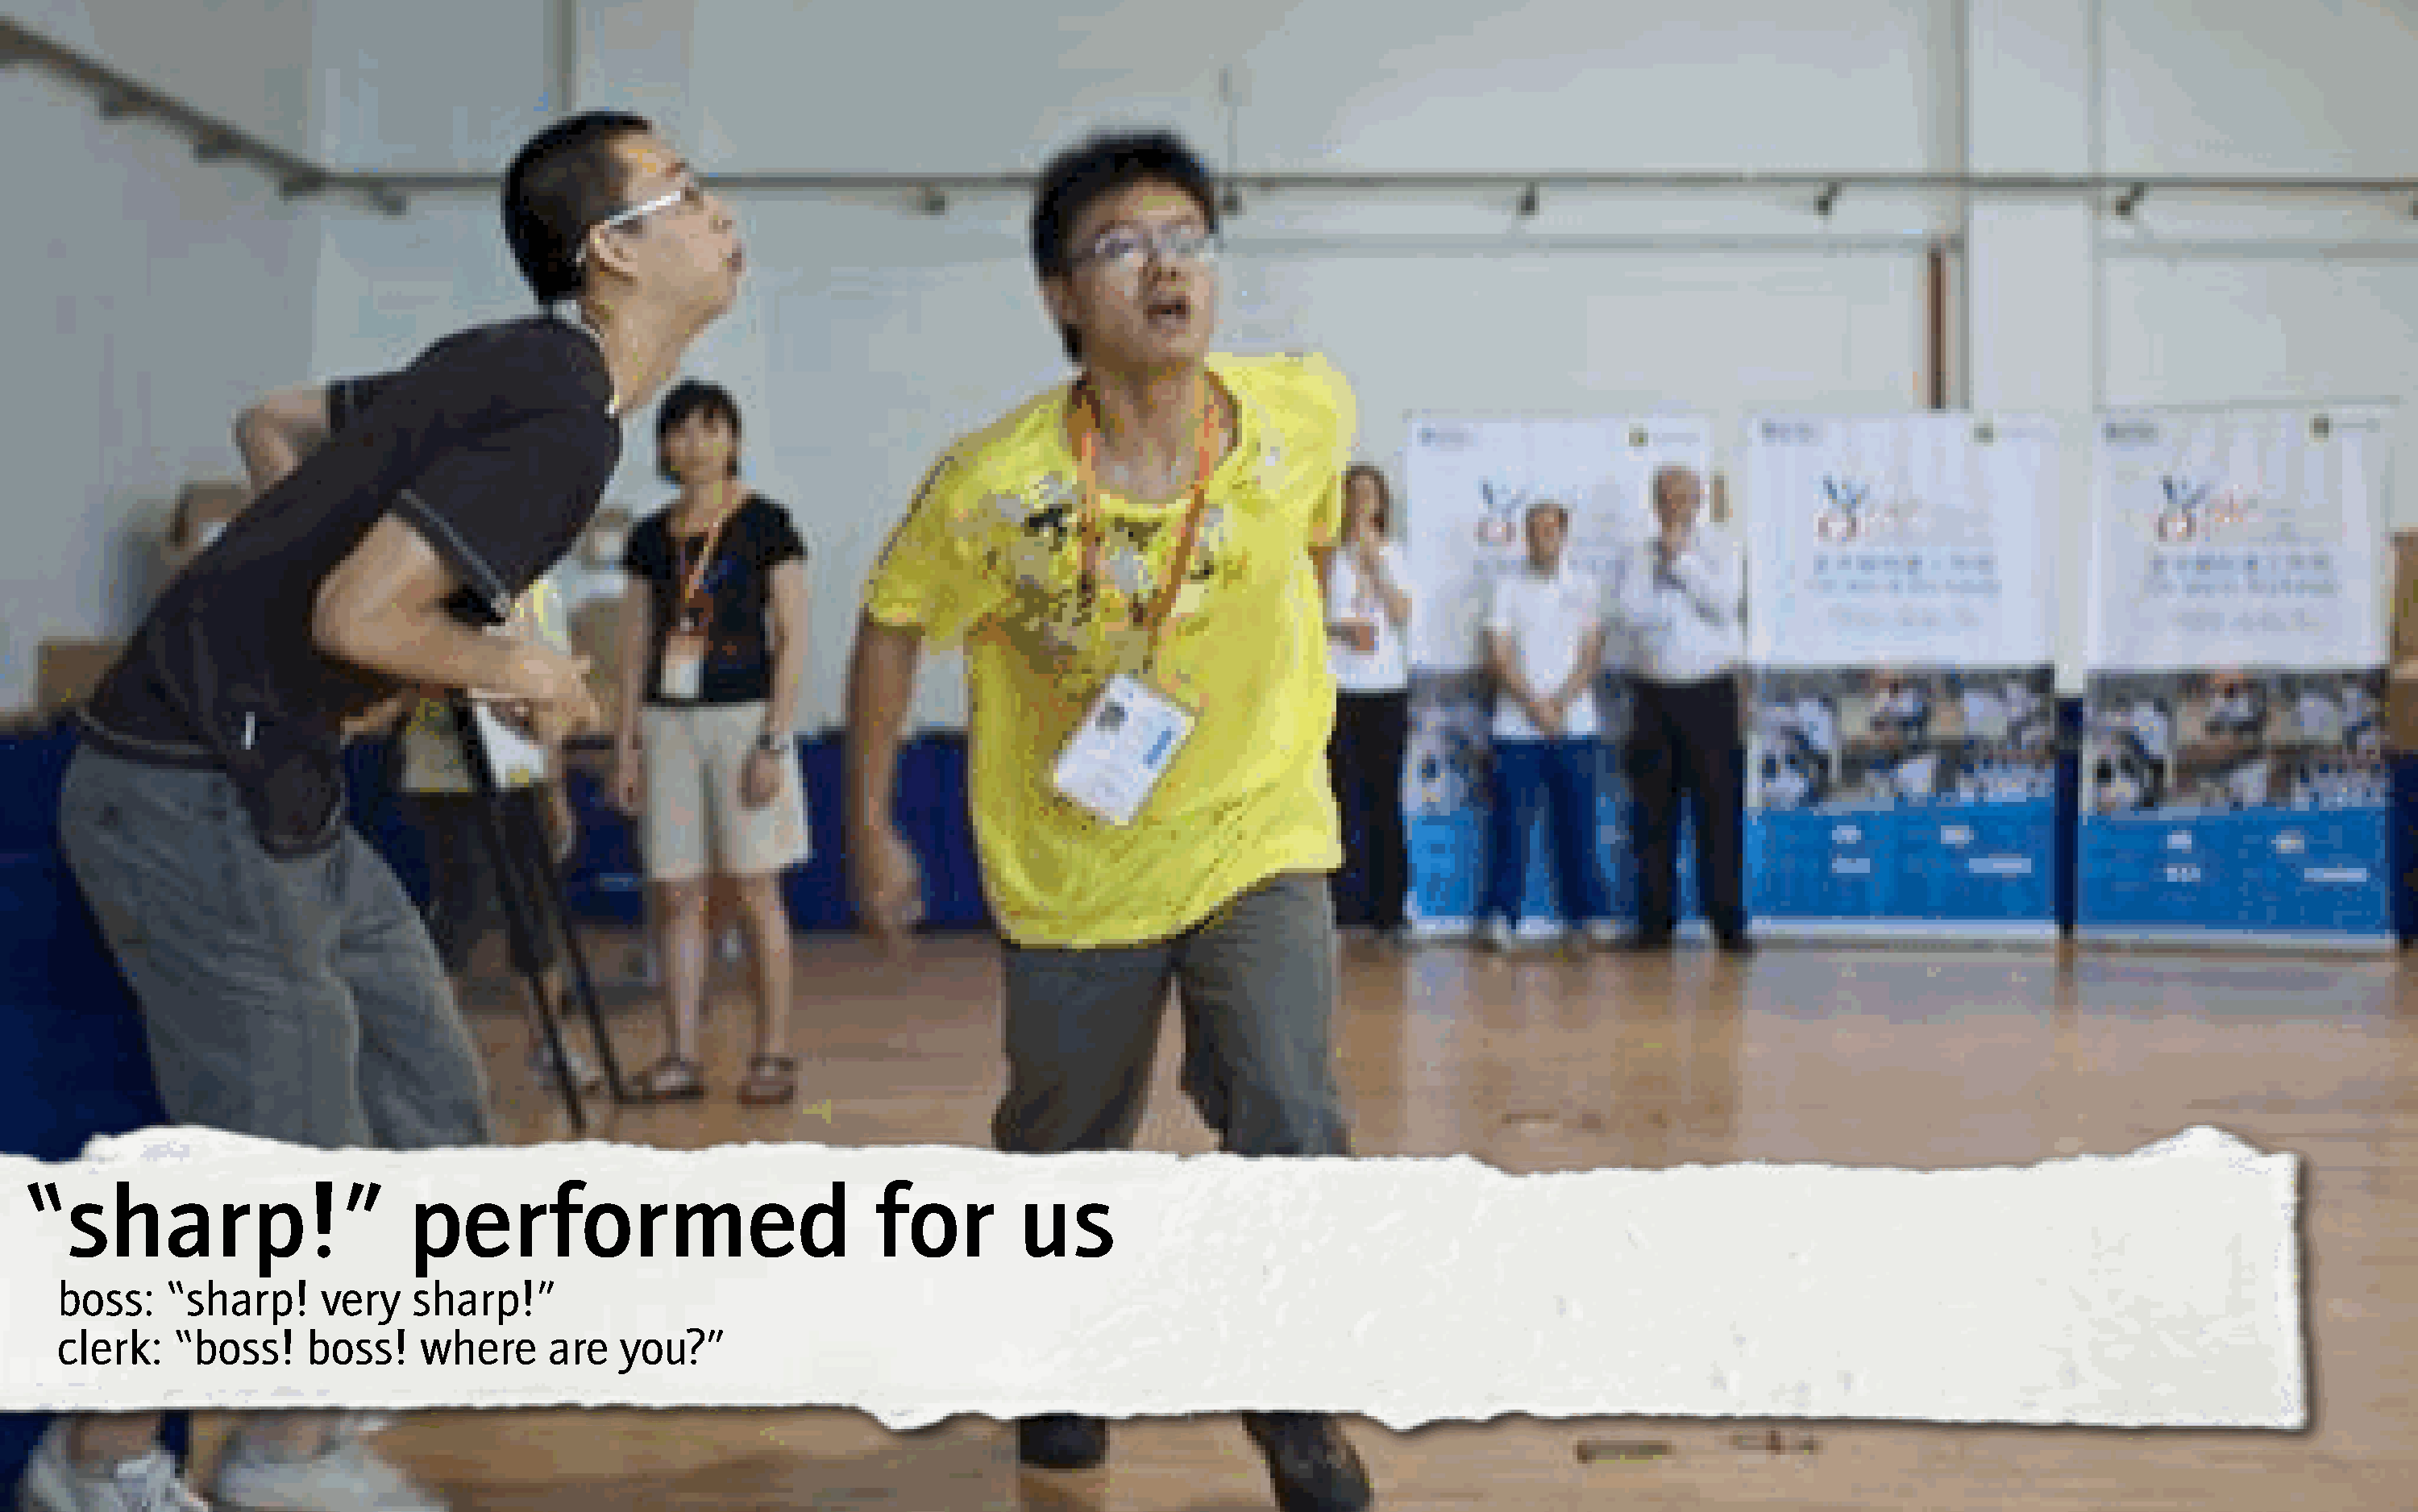
“sharp!”                        performed                             for         us
 boss:    “sharp!     very    sharp!”
 clerk:   “boss!     boss!    where      are   you?”